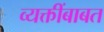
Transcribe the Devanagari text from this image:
व्यक्तींबाबत